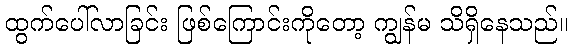
ထွက်ပေါ်လာခြင်း ဖြစ်ကြောင်းကိုတော့ ကျွန်မ သိရှိနေသည်။